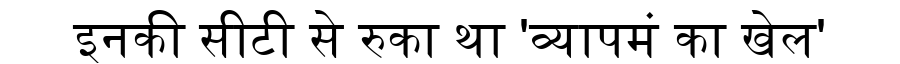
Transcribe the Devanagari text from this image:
इनकी सीटी से रुका था 'व्यापमं का खेल'